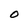
Character: O